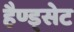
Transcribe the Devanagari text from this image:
हैण्ड्सेट